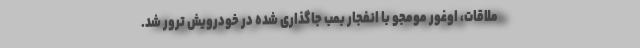
ملاقات، اوغور مومجو با انفجار بمب جاگذاری شده در خودرویش ترور شد.